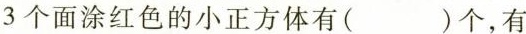
有3个面涂红色的小正方体有( )个，有